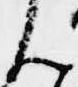
ん